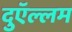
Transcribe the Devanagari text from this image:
दुऍल्लम